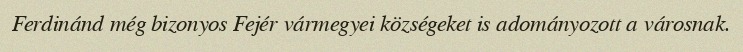
Ferdinánd még bizonyos Fejér vármegyei községeket is adományozott a városnak.